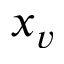
x _ { v }